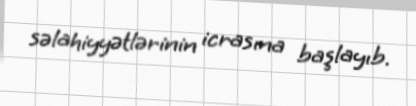
səlahiyyətlərinin icrasına başlayıb.